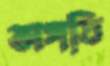
ভাঙ্গতি